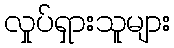
လှုပ်ရှားသူများ